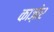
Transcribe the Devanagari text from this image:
काज़ोर